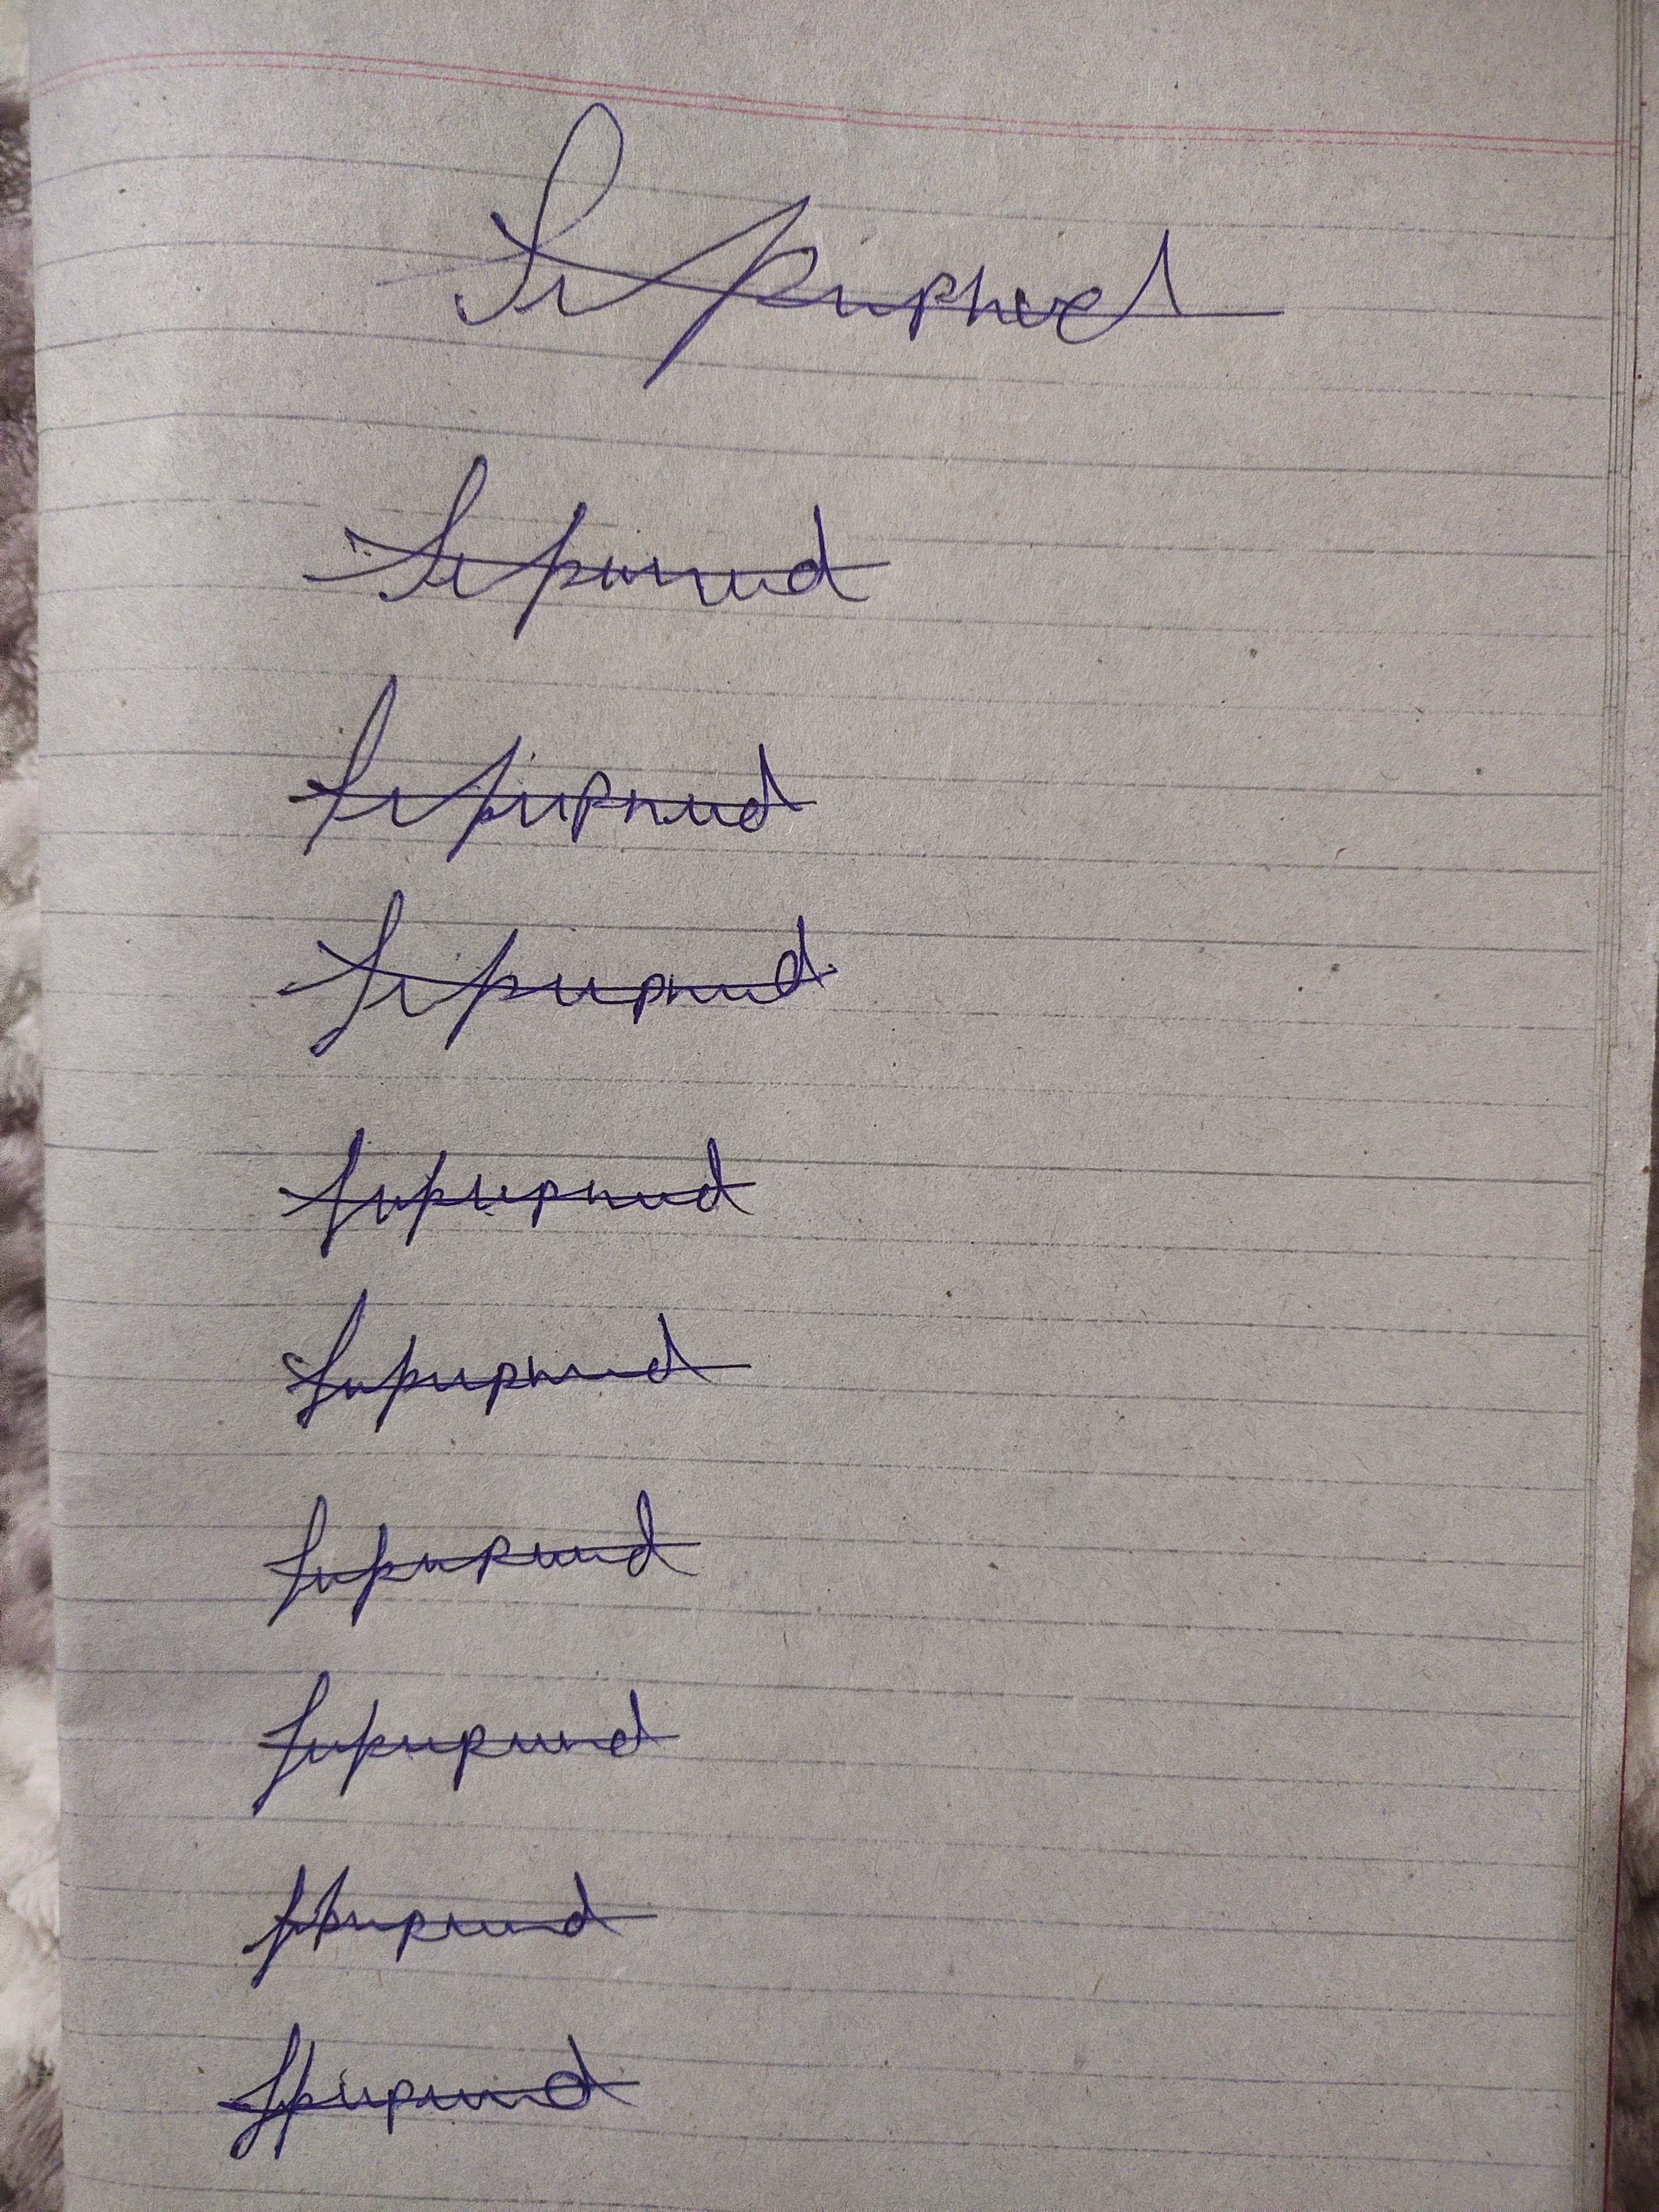
Signature authenticity: forged